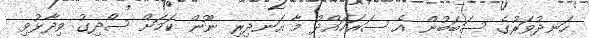
ހަނދުވަރުގެ ސަބަބުން އެ ސަރަހައްދު މާ އަނދިރި ނޫން ކަމަށް ސޯދިގު ވިދާޅުވި